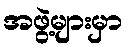
အဖွဲ့များမှာ